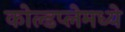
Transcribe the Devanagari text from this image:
कोल्डप्लेमध्ये